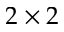
2 \times 2